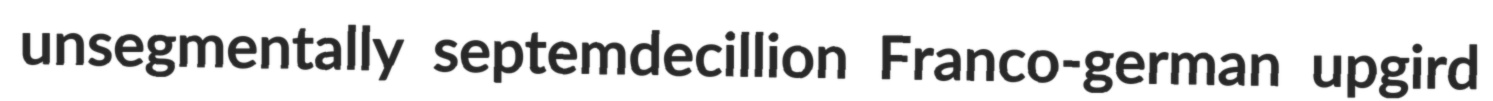
unsegmentally septemdecillion Franco-german upgird